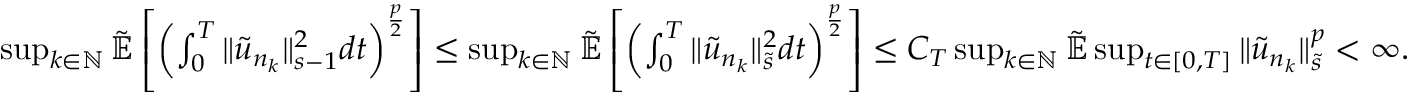
\begin{array} { r } { \operatorname* { s u p } _ { k \in \mathbb N } \tilde { \mathbb { E } } \left[ \left( \int _ { 0 } ^ { T } \| \tilde { u } _ { n _ { k } } \| _ { s - 1 } ^ { 2 } d t \right) ^ { \frac { p } { 2 } } \right] \leq \operatorname* { s u p } _ { k \in \mathbb N } \tilde { \mathbb { E } } \left[ \left( \int _ { 0 } ^ { T } \| \tilde { u } _ { n _ { k } } \| _ { \tilde { s } } ^ { 2 } d t \right) ^ { \frac { p } { 2 } } \right] \leq C _ { T } \operatorname* { s u p } _ { k \in \mathbb N } \tilde { \mathbb { E } } \operatorname* { s u p } _ { t \in [ 0 , T ] } \| \tilde { u } _ { n _ { k } } \| _ { \tilde { s } } ^ { p } < \infty . } \end{array}